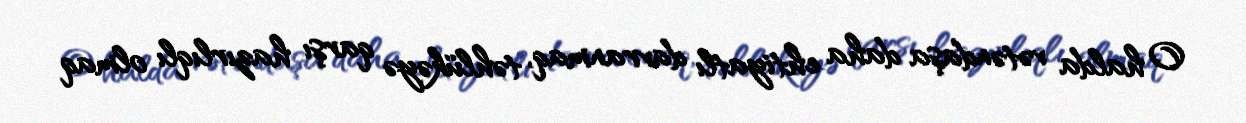
O halda vətəndaşa daha ehtiyatlı davranmaq, təhlükəyə qarşı hazırlıqlı olmaq